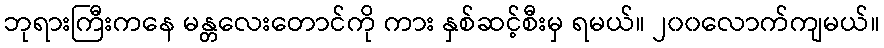
ဘုရားကြီးကနေ မန္တလေးတောင်ကို ကား နှစ်ဆင့်စီးမှ ရမယ်။ ၂၀၀လောက်ကျမယ်။